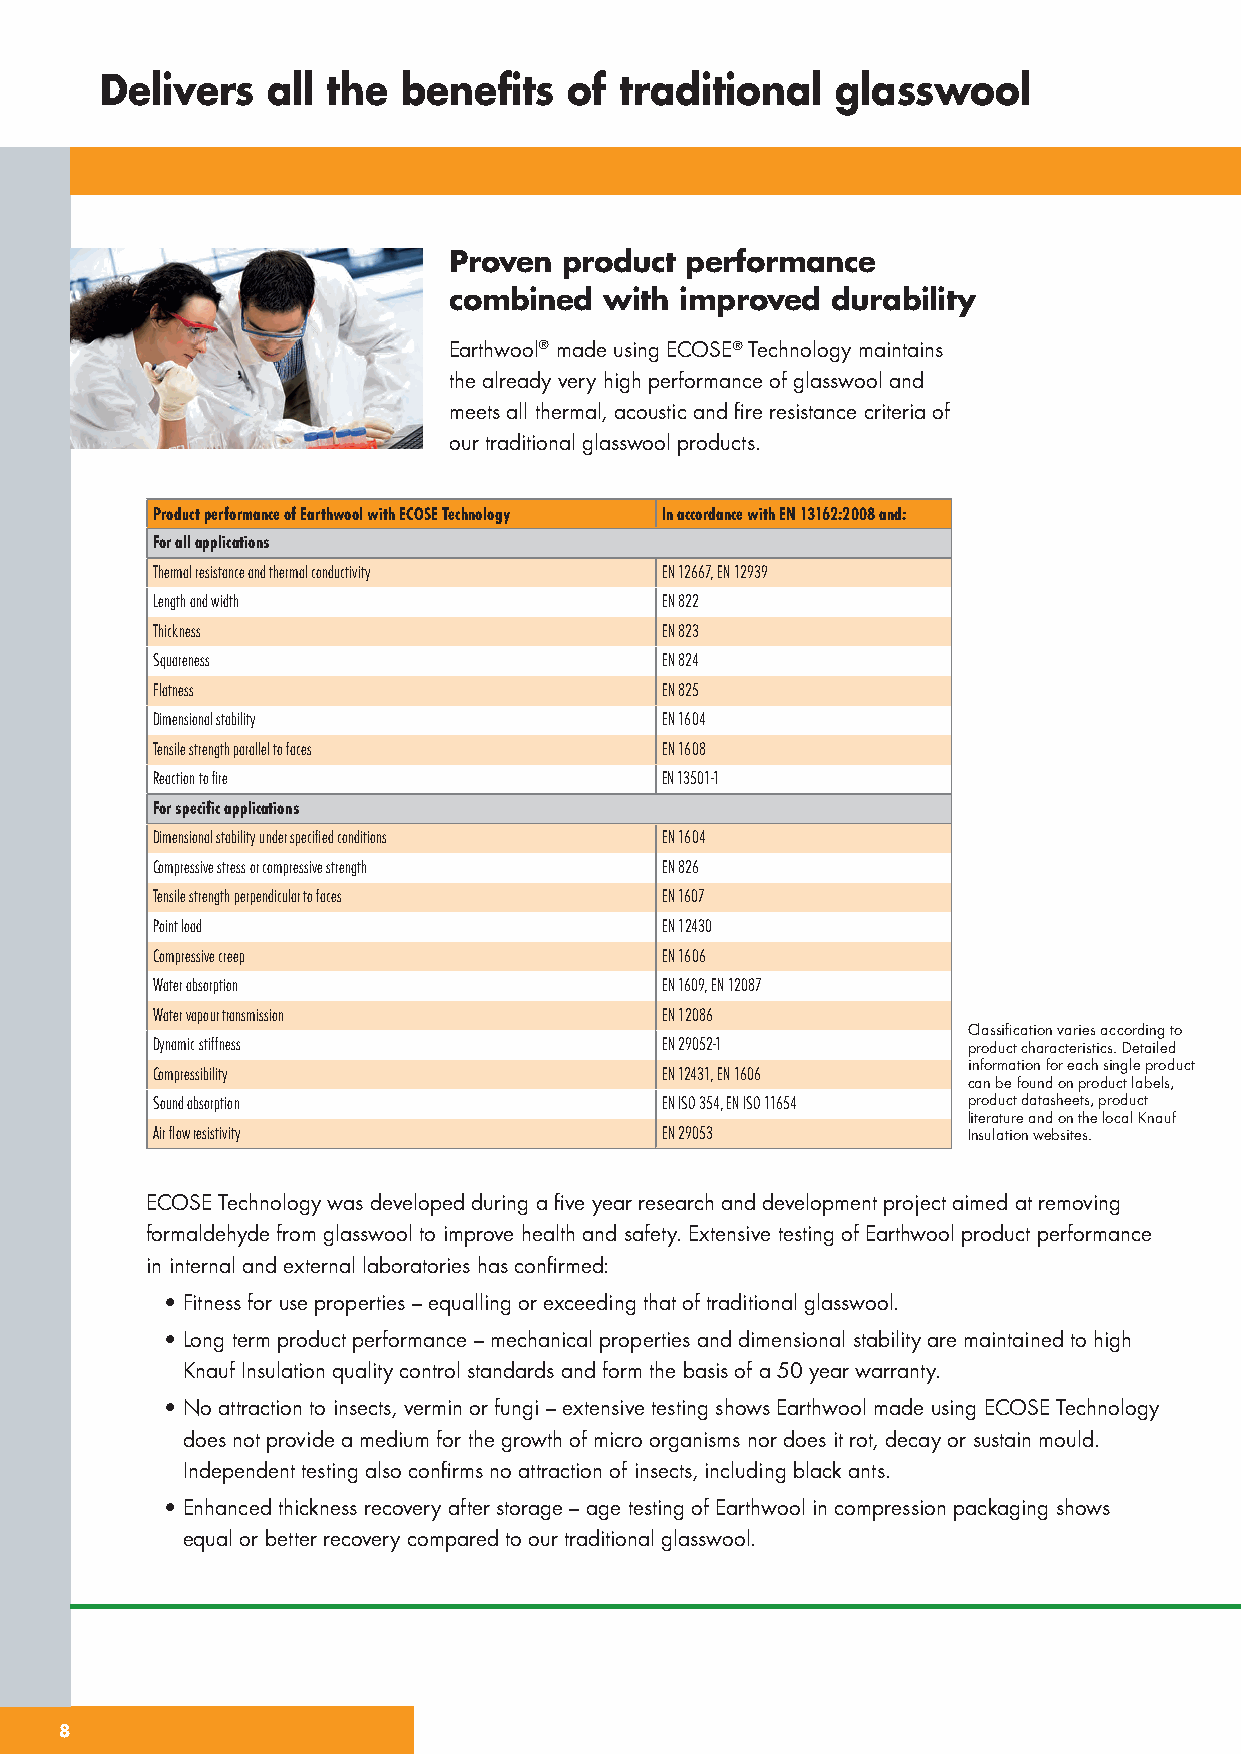
Delivers   all the  benefits   of traditional   glasswool
 Proven product performance
 combined  with improved  durability
 Earthwool® made using ECOSE® Technology maintains
 the already very high performance of glasswool and
 meets all thermal, acoustic and fire resistance criteria of
 our traditional glasswool products.
 Product performance of Earthwool with ECOSE Technology In accordance with EN 13162:2008 and:
 For all applications
 Thermal resistance and thermal conductivity EN 12667, EN 12939
 Length and width                  EN 822
 Thickness                         EN 823
 Squareness                        EN 824
 Flatness                          EN 825
 Dimensional stability             EN 1604
 Tensile strength parallel to faces EN 1608
 Reaction to fire                  EN 13501-1
 For specific applications
 Dimensional stability under specified conditions EN 1604
 Compressive stress or compressive strength EN 826
 Tensile strength perpendicular to faces EN 1607
 Point load                        EN 12430
 Compressive creep                 EN 1606
 Water absorption                  EN 1609, EN 12087
 Water vapour transmission         EN 12086
 Classification varies according to
 Dynamic stiffness                 EN 29052-1          product characteristics. Detailed
 information for each single product
 Compressibility                   EN 12431, EN 1606
 can be found on product labels,
 Sound absorption                  EN ISO 354, EN ISO 11654 product datasheets, product
 literature and on the local Knauf
 Air flow resistivity              EN 29053            Insulation websites.
 ECOSE Technology was developed during a five year research and development project aimed at removing
 formaldehyde from glasswool to improve health and safety. Extensive testing of Earthwool product performance
 in internal and external laboratories has confirmed:
 • Fitness for use properties – equalling or exceeding that of traditional glasswool.
 • Long term product performance – mechanical properties and dimensional stability are maintained to high
 Knauf Insulation quality control standards and form the basis of a 50 year warranty.
 • No attraction to insects, vermin or fungi – extensive testing shows Earthwool made using ECOSE Technology
 does not provide a medium for the growth of micro organisms nor does it rot, decay or sustain mould.
 Independent testing also confirms no attraction of insects, including black ants.
 • Enhanced thickness recovery after storage – age testing of Earthwool in compression packaging shows
 equal or better recovery compared to our traditional glasswool.
 88